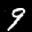
Label: 9